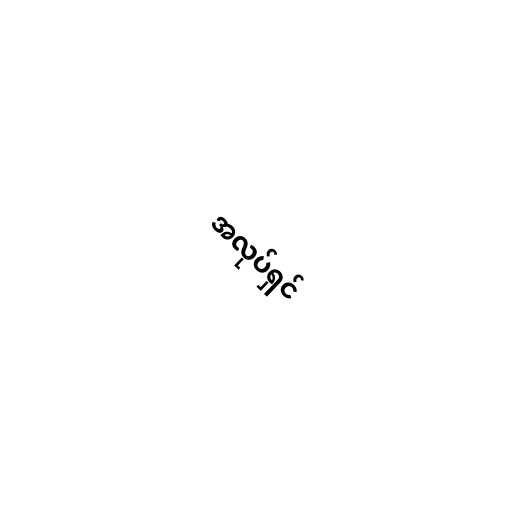
အလုပ်ရှင်